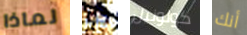
لماذا جدا كولونيل أنك